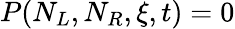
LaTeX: P(N_{L},N_{R},\xi,t)=0